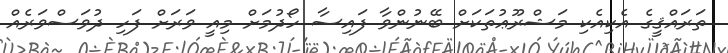
ތަރައްޤީގެ އެކިއެކި މަޝްރޫޢުތަކަށް ބޭނުންވާ ފައިސާ ހޯދުމަށް މިއީ ވަރަށް ފަހި ދުވަސްވަރެއް